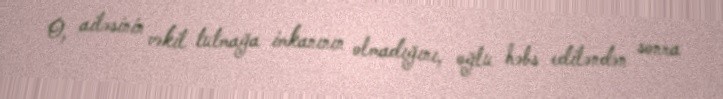
O, ailəsinin vəkil tutmağa imkanının olmadığını, oğlu həbs ediləndən sonra